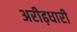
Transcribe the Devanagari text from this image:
अरीढ़धारी